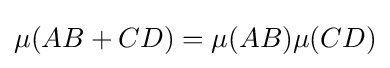
\mu (AB+CD)=\mu (AB)\mu (CD)